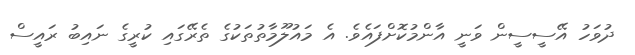
ދުވަހު އޭސީސީން ވަނީ އާންމުކޮށްފައެވެ. އެ މައުލޫމާތުތަކުގެ ތެރޭގައި ކުރީގެ ނައިބު ރައީސް